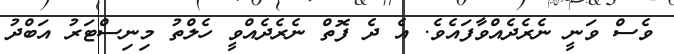
ވެސް ވަނީ ނެރެދެއްވާފައެވެ. އެ ދެ ފޮތް ނެރެދެއްވީ ހެލްތު މިނިސްޓަރު އަބްދު